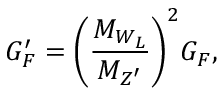
G _ { F } ^ { \prime } = \bigg ( { \frac { M _ { W _ { L } } } { M _ { Z ^ { \prime } } } } \bigg ) ^ { 2 } G _ { F } ,